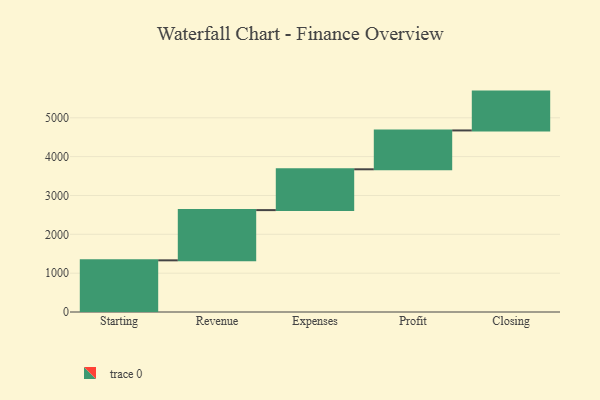
{"axis": {"x": "Step", "y": "Value"}, "legend": [""], "data": [{"x": "Starting", "y": 1330.0, "type": ""}, {"x": "Revenue", "y": 1293.0, "type": ""}, {"x": "Expenses", "y": 1051.0, "type": ""}, {"x": "Profit", "y": 1000, "type": ""}, {"x": "Closing", "y": 1000, "type": ""}]}